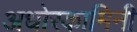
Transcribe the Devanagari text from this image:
अधोरकामिनी